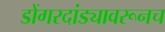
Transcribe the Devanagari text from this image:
डोंगरदांड्यावरूनच